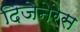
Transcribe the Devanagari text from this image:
दिजेनेरेस